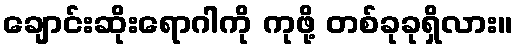
ချောင်းဆိုးရောဂါကို ကုဖို့ တစ်ခုခုရှိလား။